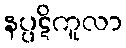
နပ္ပဋိကူလာ